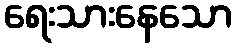
ရေးသားနေသော